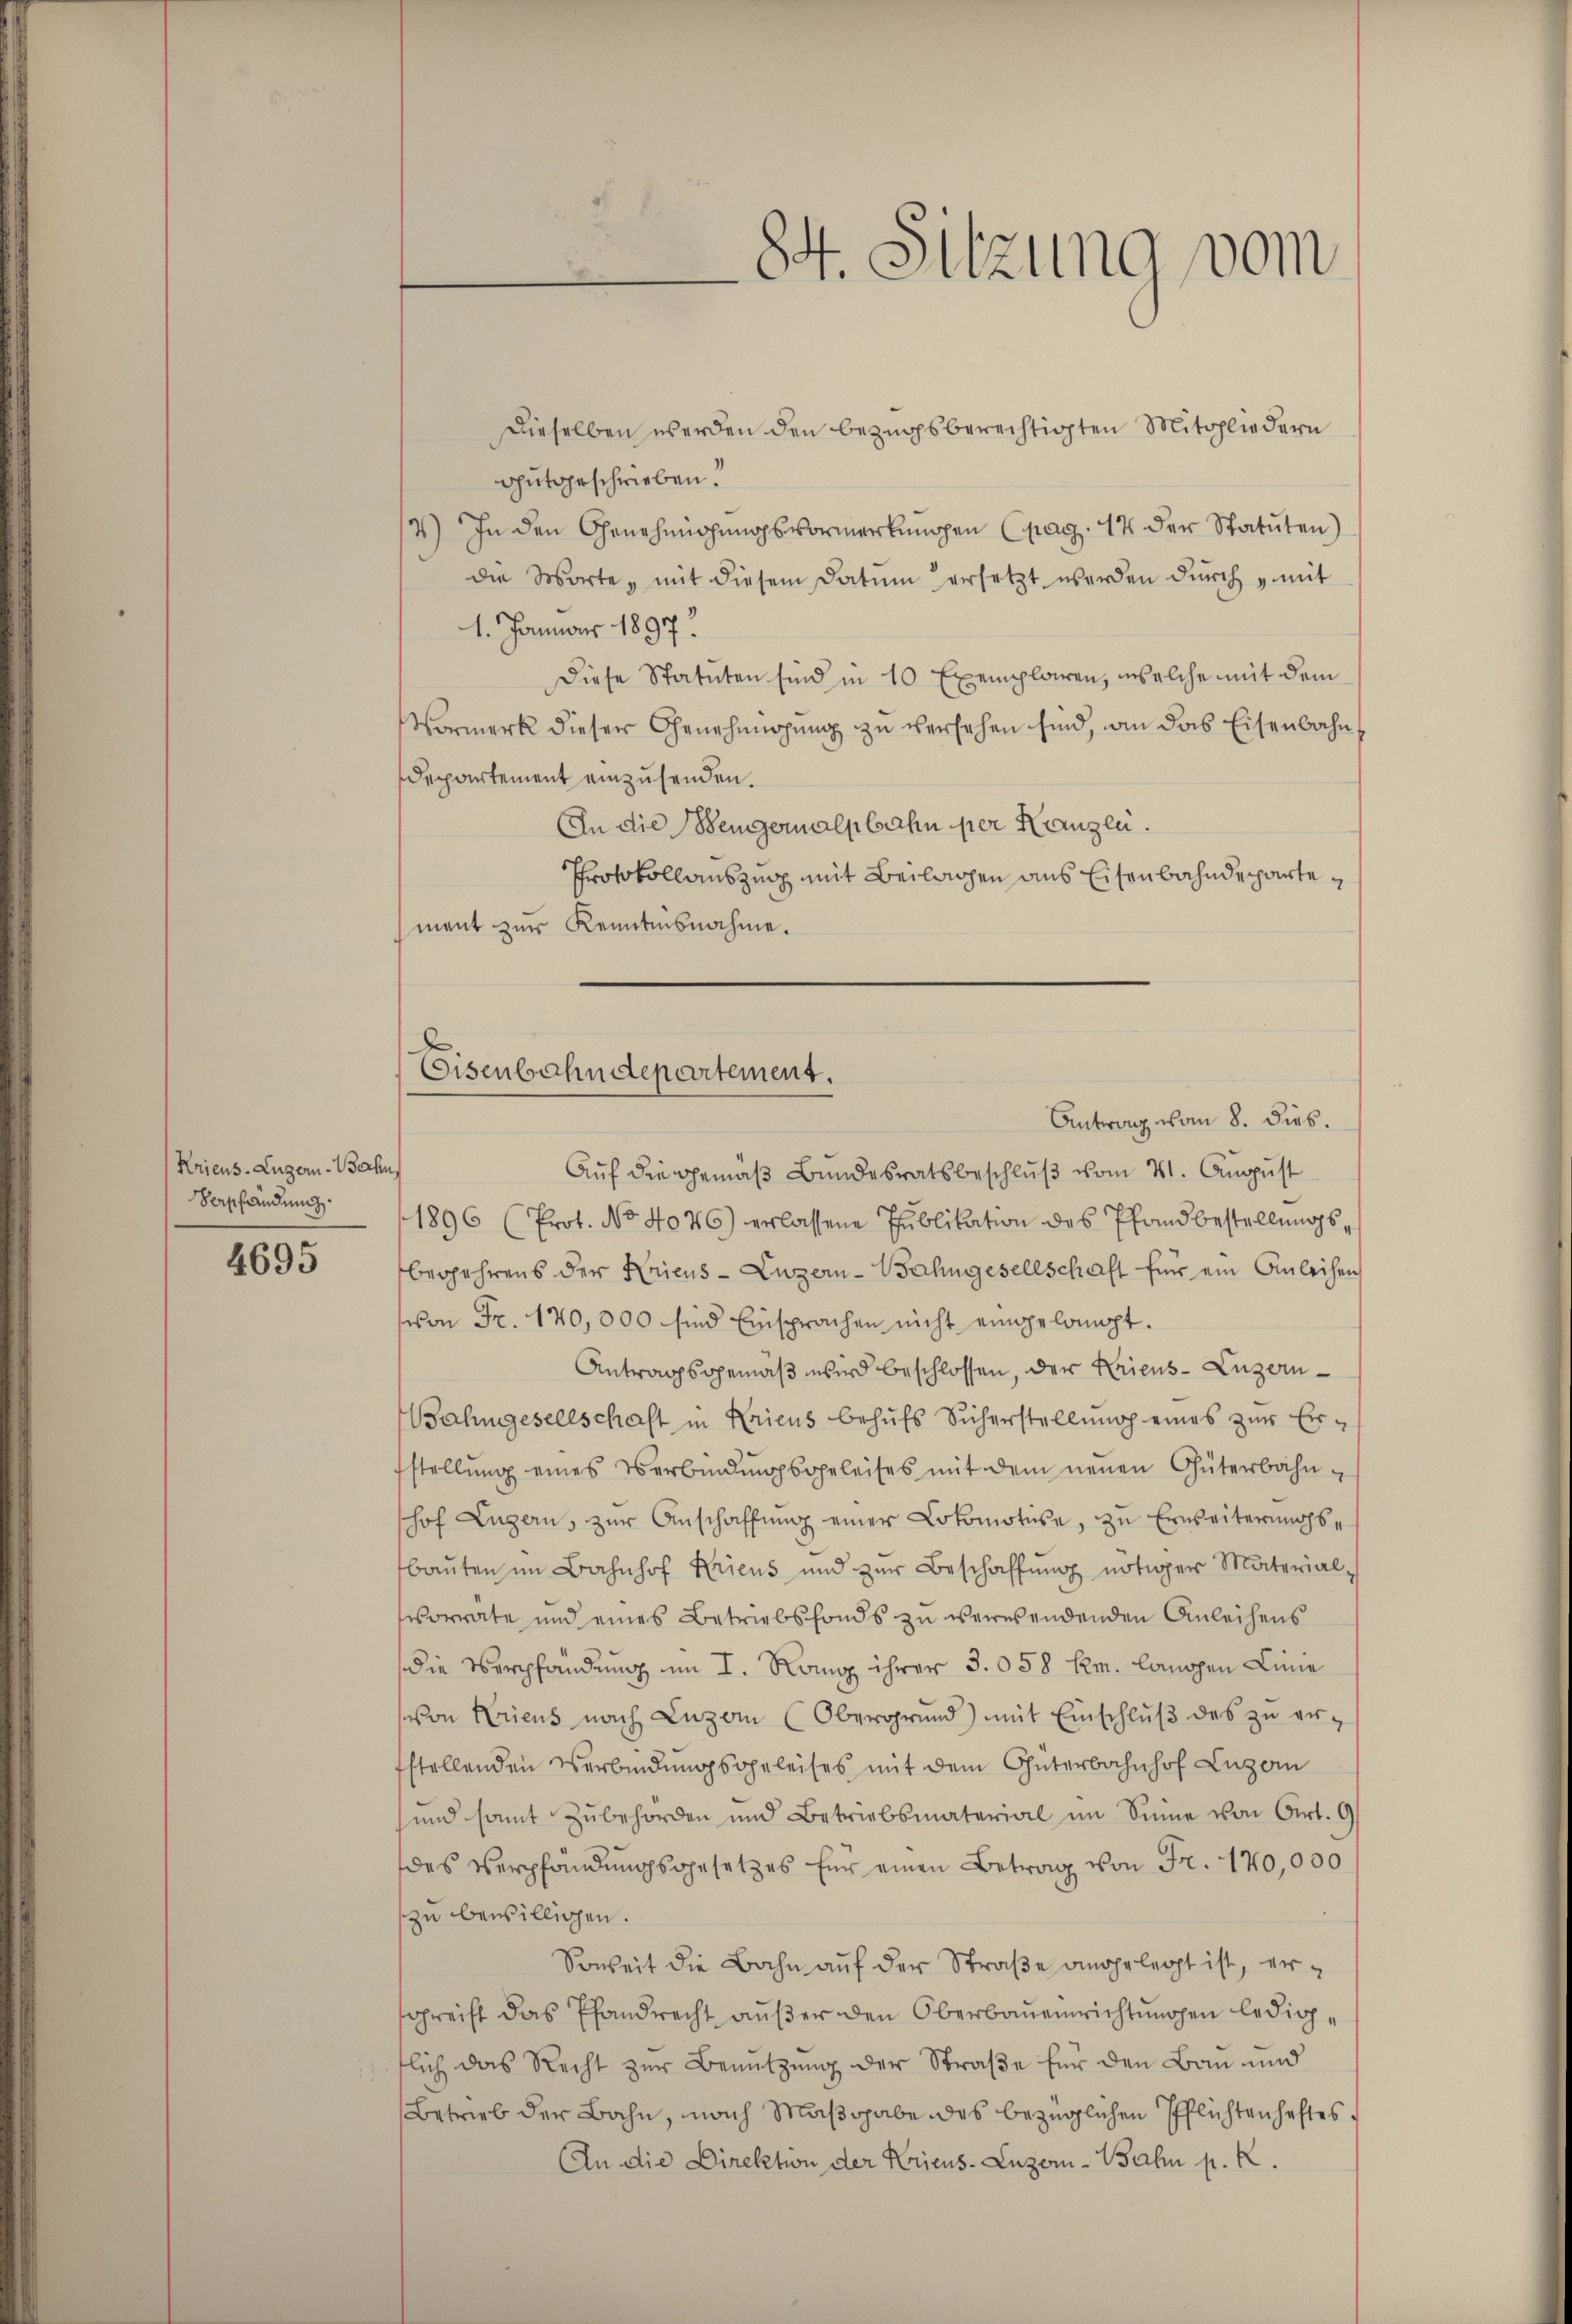
Kriens. Luzern-Bahn,
Verpfändung

4695

84. Sitzung vom

Dieselben werden den bezugsberechtigten Mitgliedern
gutgeschrieben.
2) In den Genehmigungsvormerkungen (pag. 17 der Statuten)
die Worte, mit diesem Datum ersetzt werden dŭrch „mit
1. Januar 1897.
Diese Statuten sind in 10 Exemplaren, welche mit dem
Vormerk dieser Genehmigung zu versehen sind, an das Eisenbahn¬
Departement einzusenden.
An die Bengernalpbahn per Kanzlei.
Protokollauszug mit Beilagen aus Eisenbahndepartement zur Kenntnisnahme.
Antrag vom 8. dies.
Aŭf die gemäβ Bŭndesratsbeschlŭβ vom 21. Aŭgŭst
1896 (Prot. No 4076) erlassene Publikation des Pfandbestellungsbegehrens der Kriens Luzern-Bahngesellschaft für ein Anleihen
von Fr. 170,000 sind Einsprachen nicht eingelangt.
Antragsgemäß wird beschlossen, der Kriens- Luzern¬
Bahngesellschaft in Kriens behŭfs Sicherstellŭng eines zŭr Erfstellŭng eines Verbindŭngsgeleises mit dem neŭen Güterbahnhof Luzern, zŭr Anschaffŭng einer Lokomotive, zu Erweiterungsbaŭten im Bahnhof Kriens und zŭr Beschaffŭng nötiger Material-
vorräte und eines Betriebsfonds zu verwendenden Anleihens
die Verpfändung im I. Rang ihrer 3. 058 km. langen Linie
von Kriens nach Luzern (Obergrund) mit Einschlŭβ des zŭ er-
fstellenden Verbindungsgeleises mit dem Güterbahnhof Luzern
und samt Zubehörden und Betriebsmaterial im Sinne von Ort. 6
des Verpfändungsgesetzes für einen Betrag von Fr. 170,000
zu bewilligen.
Soweit die Bahn auf der Straße angelegt ist, ersgreift das Pfandrecht außer den Oberbaueinrichtungen ledigtlich das Recht zŭr Benützŭng der Straβe für den Bau und
Betrieb der Bahn, nach Maßgabe des bezüglichen Pflichtenhaftes
An die Direktion der Kriens. Luzern-Bahn p. R.

Eisenbahndepartement.